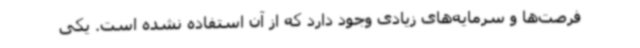
فرصت‌ها و سرمایه‌های زیادی وجود دارد که از آن استفاده نشده است. یکی